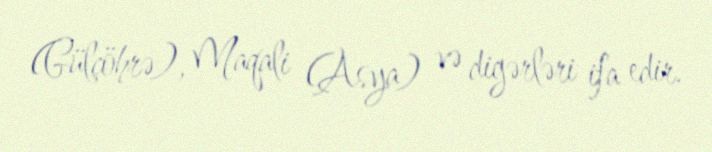
(Gülçöhrə), Maqali (Asya) və digərləri ifa edir.